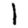
Digit: 1